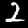
Label: 2